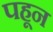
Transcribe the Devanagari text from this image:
पहून